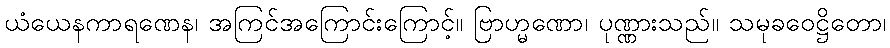
ယံယေနကာရဏေန၊ အကြင်အကြောင်းကြောင့်။ ဗြာဟ္မဏော၊ ပုဏ္ဏားသည်။ သမုခဝေဋ္ဌိတော၊